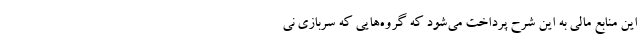
این منابع مالی به این شرح پرداخت می‌شود که گروه‌هایی که سربازی نی